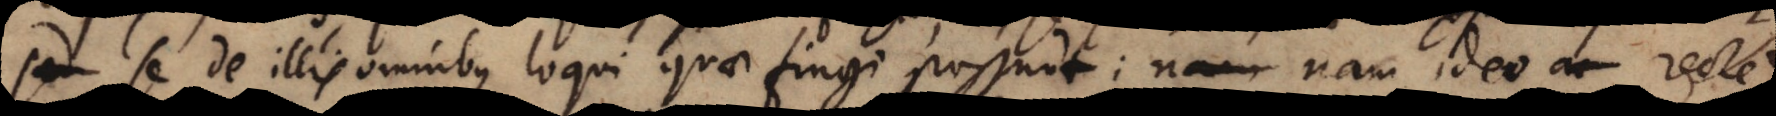
, se de illis omnibus loqui quae fingi possunt; nam ideo recte